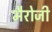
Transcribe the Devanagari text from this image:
भैरोजी